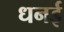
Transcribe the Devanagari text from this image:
धनई